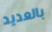
بالعديد